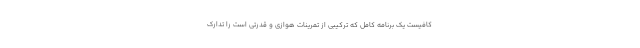
کافیست یک برنامه کامل که ترکیبی از تمرینات هوازی و قدرتی است را تدارک